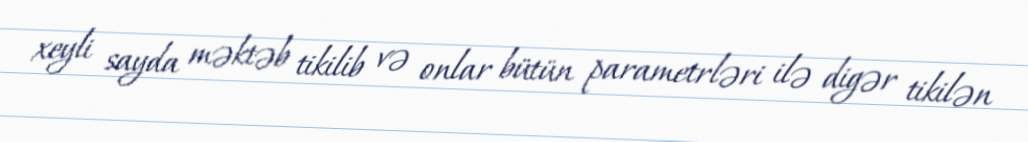
xeyli sayda məktəb tikilib və onlar bütün parametrləri ilə digər tikilən